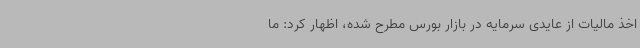
اخذ مالیات از عایدی سرمایه در بازار بورس مطرح شده، اظهار کرد: ما